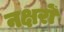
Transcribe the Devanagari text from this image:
नक्षरों